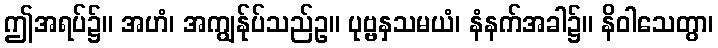
ဤအရပ်၌။ အဟံ၊ အကျွန်ုပ်သည်ဥ။ ပုဗ္ဗနှသမယံ၊ နံနက်အခါ၌။ နိဝါသေတွာ၊